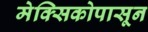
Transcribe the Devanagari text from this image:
मेक्सिकोपासून